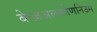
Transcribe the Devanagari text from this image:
बेन्ज़अलकोणनिउम